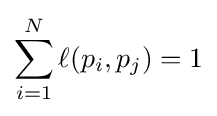
\sum _{i=1}^{N}\ell (p_{i},p_{j})=1